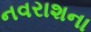
નવરાશના